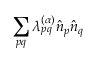
\sum _ { p q } \lambda _ { p q } ^ { ( \alpha ) } \hat { n } _ { p } \hat { n } _ { q }